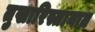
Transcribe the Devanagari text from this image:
तुखारिस्तानात